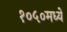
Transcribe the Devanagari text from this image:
१०५०मध्ये